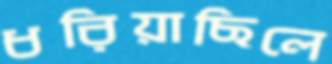
ধরিয়াছিলে